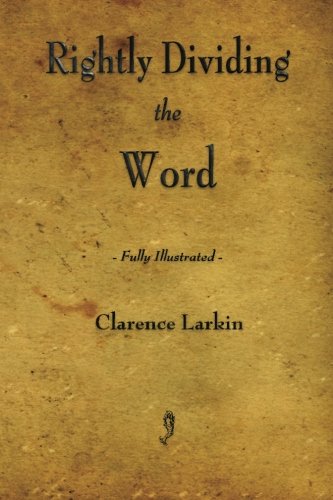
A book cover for Rightly Dividing the Word; Clarence Larkin; Christian Books & Bibles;